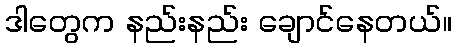
ဒါတွေက နည်းနည်း ချောင်နေတယ်။